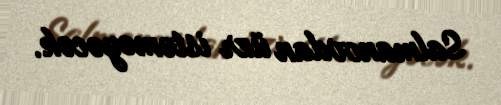
Salmanovdan üzr istəməyəcək.